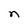
Character: n